Report on the cholera epidemic of
Year: 1868
Disease focus: Cholera
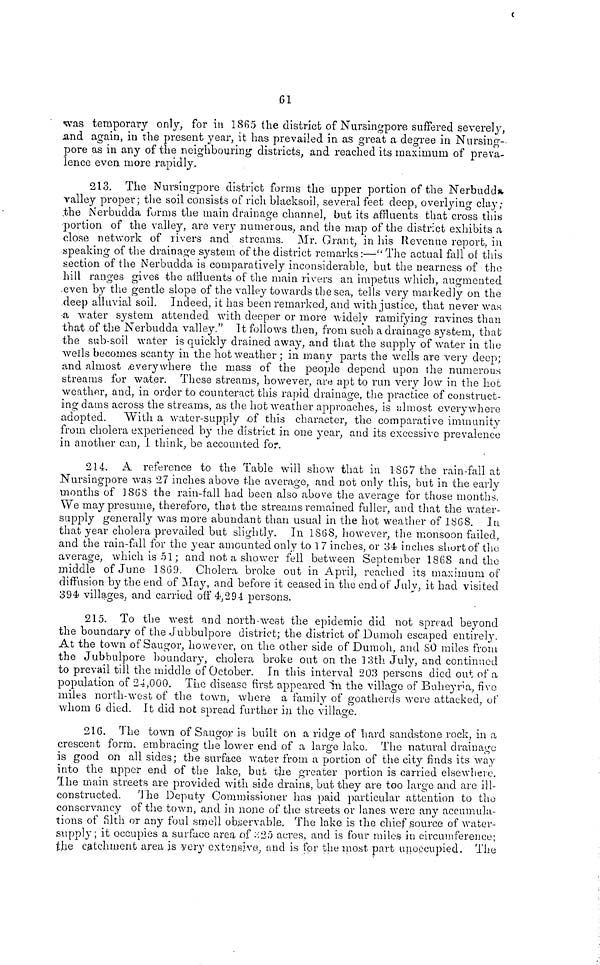
61
was temporary only, for in 1865 the district of Nursingpore suffered severely,
and again, in the present year, it has prevailed in as great a degree in Nursing-
pore as in any of the neighbouring districts, and reached its maximum of preva-
lence even more rapidly.
213. The Nursingpore district forms the upper portion of the Nerbudda
valley proper ; the soil consists of rich blacksoil, several feet deep, overlying clay;
the Nerbudda forms the main drainage channel, but its affluents that cross this
•portion of the valley, are very numerous, and the map of the district exhibits a
close network of rivers and streams. Mr. Grant, in his Revenue report, in
speaking of the drainage system of the district remarks :—"The actual fall of this
section of the Nerbudda is comparatively inconsiderable, but the nearness of the
hill ranges gives the affluents of the main rivers an impetus which, augmented
even by the gentle slope of the valley towards the sea, tells very markedly on the
deep alluvial soil. Indeed, it has been remarked, and with justice, that never was
a water system attended with deeper or more widely ramifying ravines than
that of the Nerbudda valley." It follows then, from such a drainage system, that
the sub-soil water is quickly drained away, and that the supply of water in the
wells becomes scanty in the hot weather ; in many parts the wells are very deep;
and almost everywhere the mass of the people depend upon the numerous
streams for water. These streams, however, are apt to run very low in the hot
weather, and, in order to counteract this rapid drainage, the practice of construct-
ing dams across the streams, as the hot weather approaches, is almost everywhere
adopted. With a water-supply of this character, the comparative immunity
from cholera experienced by the district in one year, and its excessive prevalence
in another can, I think, be accounted for.
214. A reference to the Table will show that in 1867 the rain-fall at
Nursingpore was 27 inches above the average, and not only this, but in the early
months of 1868 the rain-fall had been also above the average for those months.
We may presume, therefore, that the streams remained fuller, and that the water-
supply generally was more abundant than usual in the hot weather of 1868. In
that year cholera prevailed but slightly. In 1868, however, the monsoon failed,
and the rain-fall for the year amounted only to 1 7 inches, or 34 inches short of the
average, which is 51; and not a shower fell between September 1868 and the
middle of June 1869. Cholera broke out in April, reached its maximum of
diffusion by the end of May, and before it ceased in the end of July, it had visited
394 villages, and carried off 4,294 persons.
215. To the west and north-west the epidemic did not spread beyond
the boundary of the Jubbulpore district; the district of Dumoh escaped entirely.
At the town of Saugor, however, on the other side of Dumoh, and 80 miles from
the Jubbulpore boundary, cholera broke out on the 13th July, and continued
to prevail till the middle of October. In this interval 203 persons died out of a
population of 24,000. The disease first appeared in the village of Buheyria, five
miles north-west of the town, where a family of goatherds were attacked, of
whom 6 died. It did not spread further in the village.
216. The town of Saugor is built on a ridge of hard sandstone rock, in a
crescent form, embracing the lower end of a large lake. The natural drainage-
is good on all sides; the surface water from a portion of the city finds its way
into the upper end of the lake, but the greater portion is carried elsewhere.
The main streets are provided with side drains, but they are too large and are ill-
constructed. The Deputy Commissioner has paid particular attention to the
conservancy of the town, and in none of the streets or lanes were any accumula-
tions of filth or any foul smell observable. The lake is the chief source of water-
supply ; it occupies a surface area of 325 acres, and is four miles in circumference;
the catchment area is very extensive, and is for the most part unoccupied. The